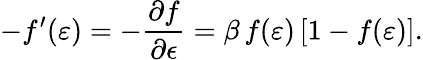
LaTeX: -f^{\prime}(\varepsilon)=-\frac{\partial f}{\partial\epsilon}=\beta\, f(\varepsilon)\left[1-f(\varepsilon)\right].